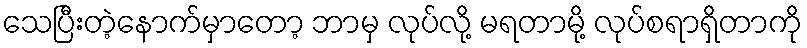
သေပြီးတဲ့နောက်မှာတော့ ဘာမှ လုပ်လို့ မရတာမို့ လုပ်စရာရှိတာကို